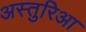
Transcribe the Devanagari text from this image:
अस्तुरिआ